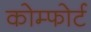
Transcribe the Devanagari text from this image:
कोम्फोर्ट